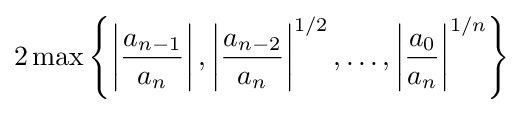
2\max \left\{\left|{\frac {a_{n-1}}{a_{n}}}\right|,\left|{\frac {a_{n-2}}{a_{n}}}\right|^{1/2},\ldots ,\left|{\frac {a_{0}}{a_{n}}}\right|^{1/n}\right\}